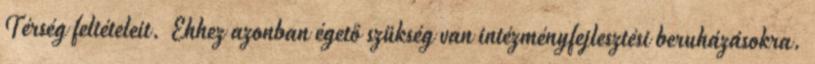
Térség feltételeit. Ehhez azonban égető szükség van intézményfejlesztési beruházásokra.